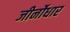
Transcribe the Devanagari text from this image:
जीर्नोधार